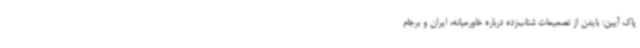
پاک آیین: بایدن از تصمیمات شتاب‌زده درباره خاورمیانه، ایران و برجام